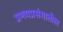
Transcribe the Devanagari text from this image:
प्रणयप्रसंगातील